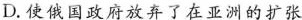
D.使俄国政府放弃了在亚洲的扩张